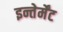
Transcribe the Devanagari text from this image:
इन्तेर्मेंट